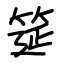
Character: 筵